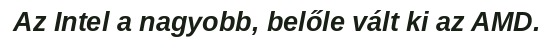
Az Intel a nagyobb, belőle vált ki az AMD.